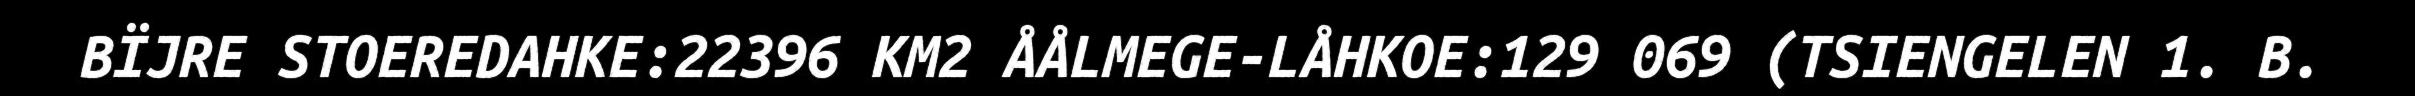
BÏJRE STOEREDAHKE:22396 KM2 ÅÅLMEGE-LÅHKOE:129 069 (TSIENGELEN 1. B.